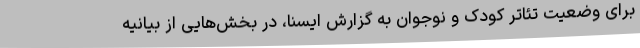
برای وضعیت تئاتر کودک و نوجوان به گزارش ایسنا، در بخش‌هایی از بیانیه